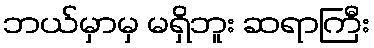
ဘယ်မှာမှ မရှိဘူး ဆရာကြီး